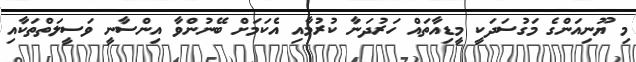
މި ޔޫނިއަންގެ މަގުސަދަކީ މީޑިއާތައް ހަރުދަނާ ކުރުމާއި އެކަމަށް ބޭނުންވާ އިންސާނީ ވަސީލަތްތަކާއި